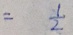
= \frac { 1 } { 2 }